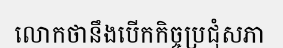
លោកថានឹងបើកកិច្ចប្រជុំសភា